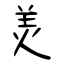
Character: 羙